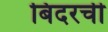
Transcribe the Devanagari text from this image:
बिदरची